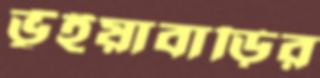
ভূঁইয়াবাড়ির